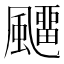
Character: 飅